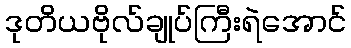
ဒုတိယဗိုလ်ချုပ်ကြီးရဲအောင်